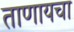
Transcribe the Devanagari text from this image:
ताणायचा